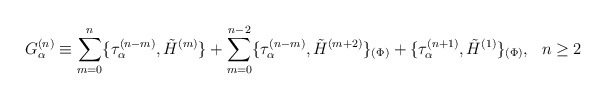
\begin{align*}G_\alpha^{(n)} \equiv \sum_{m=0}^n\{\tau_\alpha^{(n-m)}, \tilde H^{(m)}\} + \sum_{m=0}^{n-2}\{\tau_\alpha^{(n-m)}, \tilde H^{(m+2)}\}_{(\Phi)} + \{\tau_\alpha^{(n+1)}, \tilde H^{(1)}\}_{(\Phi)},~~n\geq 2 \end{align*}